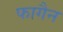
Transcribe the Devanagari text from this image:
फागैन